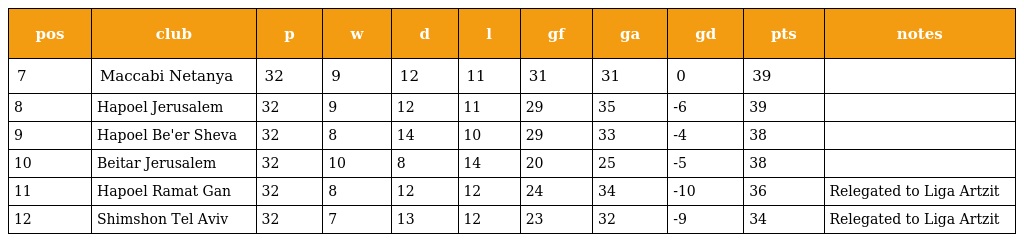
| pos | club | p | w | d | l | gf | ga | gd | pts | notes |
 | --- | --- | --- | --- | --- | --- | --- | --- | --- | --- | --- |
 | 7 | Maccabi Netanya | 32 | 9 | 12 | 11 | 31 | 31 | 0 | 39 |  |
 | 8 | Hapoel Jerusalem | 32 | 9 | 12 | 11 | 29 | 35 | -6 | 39 |  |
 | 9 | Hapoel Be'er Sheva | 32 | 8 | 14 | 10 | 29 | 33 | -4 | 38 |  |
 | 10 | Beitar Jerusalem | 32 | 10 | 8 | 14 | 20 | 25 | -5 | 38 |  |
 | 11 | Hapoel Ramat Gan | 32 | 8 | 12 | 12 | 24 | 34 | -10 | 36 | Relegated to Liga Artzit |
 | 12 | Shimshon Tel Aviv | 32 | 7 | 13 | 12 | 23 | 32 | -9 | 34 | Relegated to Liga Artzit |